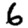
Digit: 6